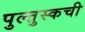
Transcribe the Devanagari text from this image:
पुल्तुस्कची